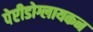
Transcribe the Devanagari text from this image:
पेप्टीडोग्लायकन